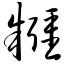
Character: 糨